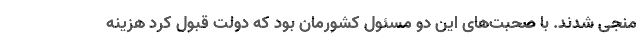
منجی شدند. با صحبت‌های این دو مسئول کشورمان بود که دولت قبول کرد هزینه